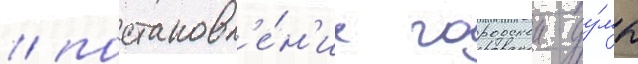
/ постановл'е́н'ие городскои ду́мы